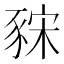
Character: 𧱍